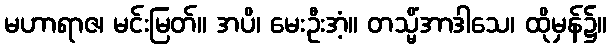
မဟာရာဇ၊ မင်းမြတ်။ အပိ၊ မေးဦးအံ့။ တသ္မိံအာဒါသေ၊ ထိုမှန်၌။